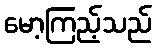
မော့ကြည့်သည်